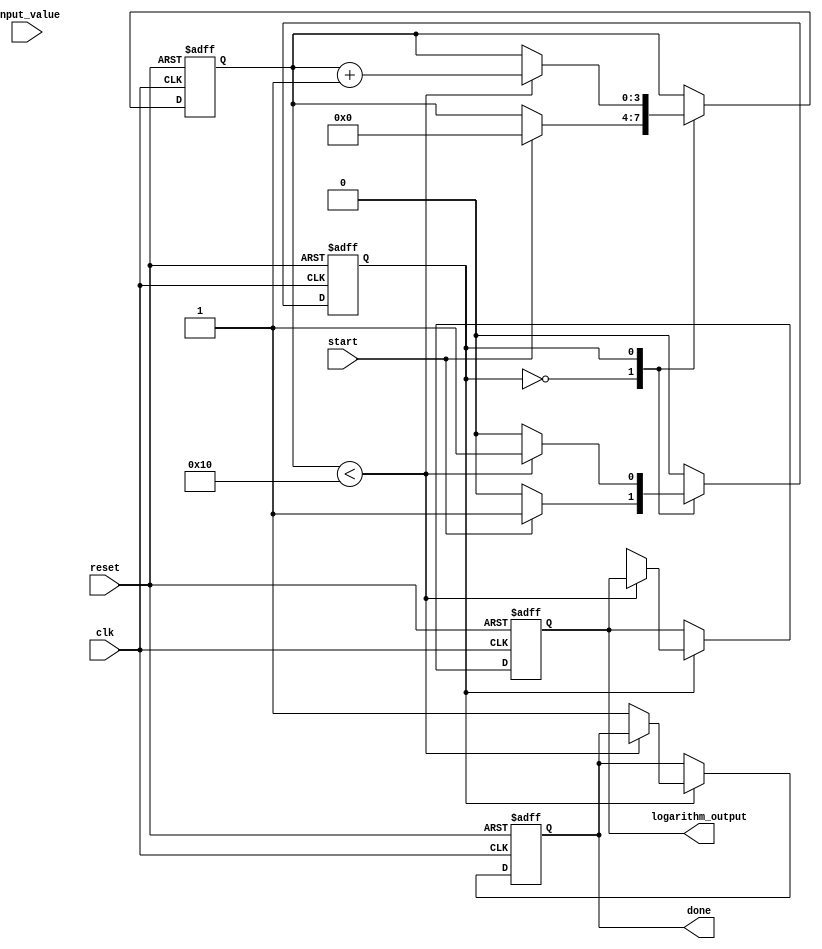
module cordic_logarithm (
    input wire clk,
    input wire reset,
    input wire start,
    input wire [31:0] input_value, // Fixed-point representation of input
    output reg [31:0] logarithm_output,
    output reg done
);

    // Parameters
    parameter NUM_ITERATIONS = 16; // Number of CORDIC iterations
    parameter FIXED_POINT_FRACTIONAL_BITS = 16; // Number of fractional bits in fixed-point representation

    // Internal signals
    reg [31:0] x [0:NUM_ITERATIONS-1]; // X values
    reg [31:0] y [0:NUM_ITERATIONS-1]; // Y values
    reg [31:0] z [0:NUM_ITERATIONS-1]; // Z values (angle)
    reg [3:0] iteration; // Current iteration counter
    reg [31:0] arctan_table [0:NUM_ITERATIONS-1]; // Arctangent values for each iteration
    reg state; // FSM state

    // Initialization of arctan values (fixed-point representation)
    initial begin
        arctan_table[0] = 32'h00000000; // arctan(1) = 0
        arctan_table[1] = 32'h3F19999A; // arctan(0.5) = 0.463647609
        arctan_table[2] = 32'h3E4CCCCD; // arctan(0.25) = 0.244978663
        arctan_table[3] = 32'h3D89FCE8; // arctan(0.125) = 0.124354995
        // Continue filling the table for more iterations...
    end

    // State machine for CORDIC iterations
    always @(posedge clk or posedge reset) begin
        if (reset) begin
            iteration <= 0;
            state <= 0;
            logarithm_output <= 0;
            done <= 0;
        end else begin
            case (state)
                0: begin // Initialization state
                    if (start) begin
                        x[0] <= input_value << FIXED_POINT_FRACTIONAL_BITS; // Scale input
                        y[0] <= 0;
                        z[0] <= 0; // Start angle
                        iteration <= 0;
                        state <= 1; // Move to iteration state
                    end
                end
                1: begin // CORDIC iteration state
                    if (iteration < NUM_ITERATIONS) begin
                        if (z[iteration] < 0) begin
                            x[iteration + 1] <= x[iteration] + (y[iteration] >> iteration);
                            y[iteration + 1] <= y[iteration] - (x[iteration] >> iteration);
                            z[iteration + 1] <= z[iteration] + arctan_table[iteration];
                        end else begin
                            x[iteration + 1] <= x[iteration] - (y[iteration] >> iteration);
                            y[iteration + 1] <= y[iteration] + (x[iteration] >> iteration);
                            z[iteration + 1] <= z[iteration] - arctan_table[iteration];
                        end
                        iteration <= iteration + 1;
                    end else begin
                        logarithm_output <= z[NUM_ITERATIONS]; // Final output
                        done <= 1; // Indicate completion
                        state <= 2; // Move to done state
                    end
                end
                2: begin // Done state
                    if (!start) begin
                        done <= 0; // Reset done flag
                        state <= 0; // Return to initialization
                    end
                end
            endcase
        end
    end

endmodule